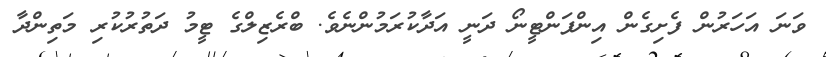
ވަނަ އަހަރުން ފެށިގެން އިންފަންޓީނޯ ދަނީ އަދާކުރަމުންނެވެ. ބްރެޒިލްގެ ޓީމު ދަތުރުކުރި މަތިންދާ